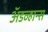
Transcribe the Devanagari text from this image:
अॅडव्हान्स